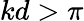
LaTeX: kd>\pi